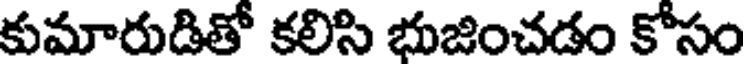
కుమారుడితో కలిసి భుజించడం కోసం